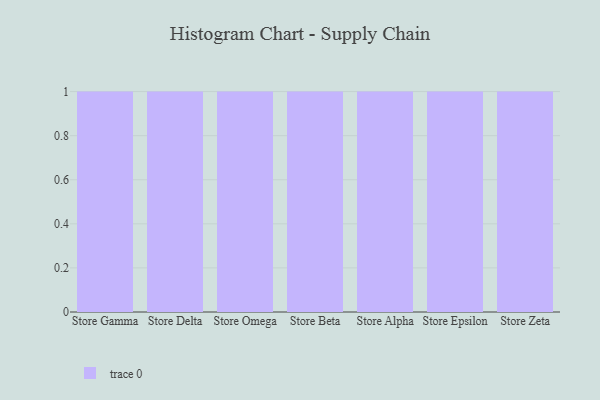
{"axis": {"x": "Store", "y": "Website Visitors"}, "legend": [""], "data": [{"x": "Store Gamma", "y": 22, "type": ""}, {"x": "Store Delta", "y": 26, "type": ""}, {"x": "Store Omega", "y": 8, "type": ""}, {"x": "Store Beta", "y": 10, "type": ""}, {"x": "Store Alpha", "y": 64, "type": ""}, {"x": "Store Epsilon", "y": 60, "type": ""}, {"x": "Store Zeta", "y": 96, "type": ""}]}